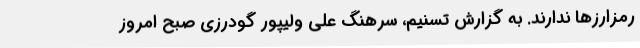
رمزارزها ندارند. به گزارش تسنیم، سرهنگ علی ولیپور گودرزی صبح امروز